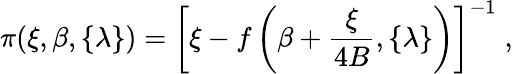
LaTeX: \pi(\xi,\beta,\{ \lambda\} )=\left[\xi-f\left(\beta+\frac{\xi}{4B},\{ \lambda\} \right)\right]^{-1}\; ,